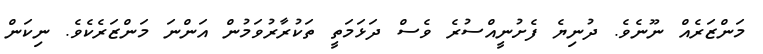
މަންޒަރެއް ނޫނެވެ. ދުނިޔެ ފެށުނީއްސުރެ ވެސް ދަޅަމަތީ ތަކުރާރުވަމުން އަންނަ މަންޒަރެކެވެ. ނިކަން